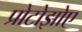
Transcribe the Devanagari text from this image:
प्रोटोझोए